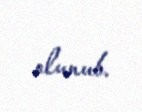
olunub.